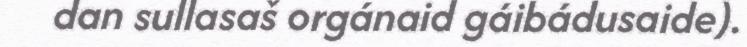
dan sullasaš orgánaid gáibádusaide).